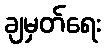
ချမှတ်ရေး